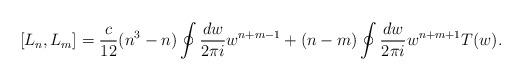
LaTeX: \begin{align*}[L_{n},L_{m}]=\frac{c}{12}(n^{3}-n)\oint\frac{dw}{2\pi i}w^{n+m-1} +(n-m)\oint\frac{dw}{2\pi i}w^{n+m+1}T(w).\end{align*}